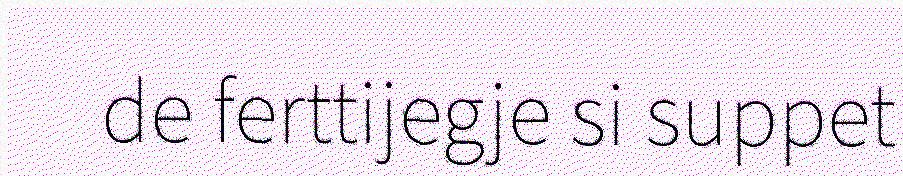
de ferttijegje si suppet